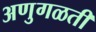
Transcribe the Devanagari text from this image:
अणुगळती